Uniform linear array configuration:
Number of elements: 12
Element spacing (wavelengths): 0.75
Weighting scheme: blackman
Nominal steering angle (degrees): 0
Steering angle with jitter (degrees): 1.519
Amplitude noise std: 0.05
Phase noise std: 0.05

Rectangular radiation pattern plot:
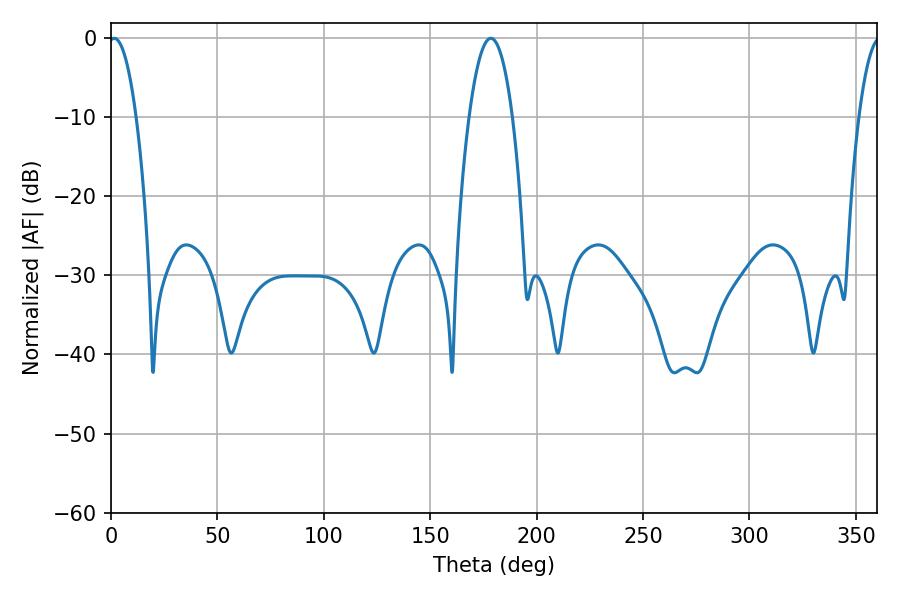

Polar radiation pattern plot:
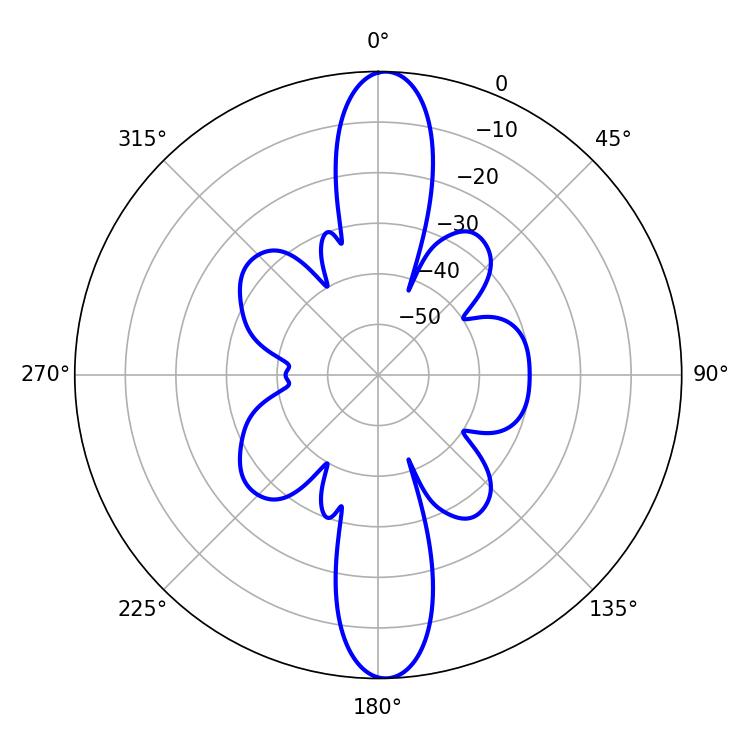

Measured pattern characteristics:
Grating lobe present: TRUE
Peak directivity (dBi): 22.424
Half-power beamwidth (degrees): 7.2
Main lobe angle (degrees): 1.44